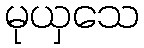
မုယှသေ